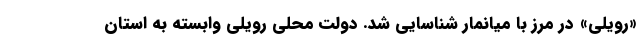
«رویلی» در مرز با میانمار شناسایی شد. دولت محلی رویلی وابسته به استان